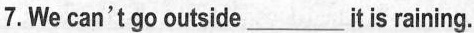
7.We can't go outside___it is raining.